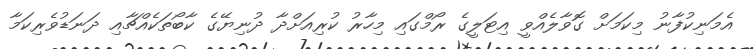
އެމަނިކުފާނު މިކަމަށް ގޮވާލެއްވީ އިޓަލީގެ ރޯމްގައި މިހާރު ކުރިއަށްދާ ދުނިޔޭގެ ކާބޯތަކެއްޗާއި ދަނަޑުވެރިކަމާ